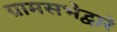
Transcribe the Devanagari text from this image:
ग्रामसभेद्वारे